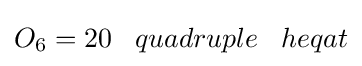
O_{6}=20\;\;\;quadruple\;\;\;heqat